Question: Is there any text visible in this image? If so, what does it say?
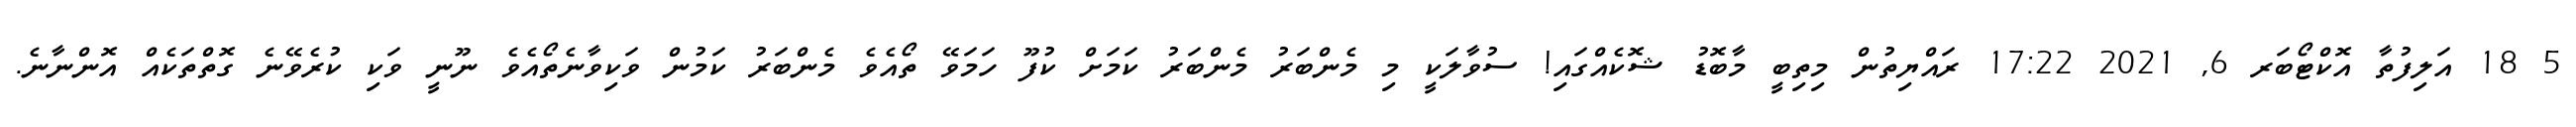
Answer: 5 18 އަލިފުތާ އޮކްޓޯބަރ 6, 2021 17:22 ރައްޔިތުން މިތިބީ މާބޮޑު ޝޮކެއްގައި! ސުވާލަކީ މި މެންބަރު މެންބަރު ކަމަށް ކުފޫ ހަމަވޭ ތޯއެވެ މެންބަރު ކަމުން ވަކިވާނެތޯއެވެ ނޫނީ ވަކި ކުރެވޭނެ ގޮތްތަކެއް އޮންނާނެ.